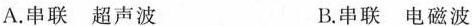
图23A.串联超声波 B.串联电磁波